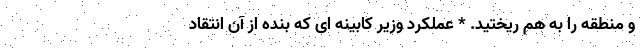
و منطقه را به هم ریختید. * عملکرد وزیر کابینه ای که بنده از آن انتقاد